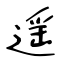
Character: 遥